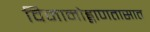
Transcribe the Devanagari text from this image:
विमानोड्डाणतासात